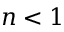
n < 1